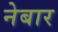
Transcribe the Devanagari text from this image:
नेबार